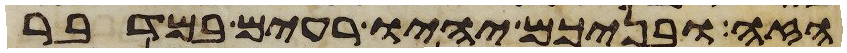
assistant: הזה ובניכם יהיו רעים במדבר